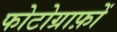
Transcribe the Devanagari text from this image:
फोटोग्राफ़ों